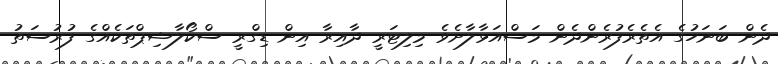
ދެން ބަނަހުގެ އެތެރެފުރެންދެން މަސްއަޅާލާށެވެ މިލިޓަރީ ދާއިރާ އިން ޑިގްރީ ސްކޯލާޝިޕްތަކެއްގެ ފުރުސަތު